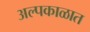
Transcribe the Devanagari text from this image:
अल्पकाळात